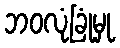
ဘဝလုံခြုံမှု